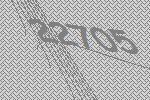
22705